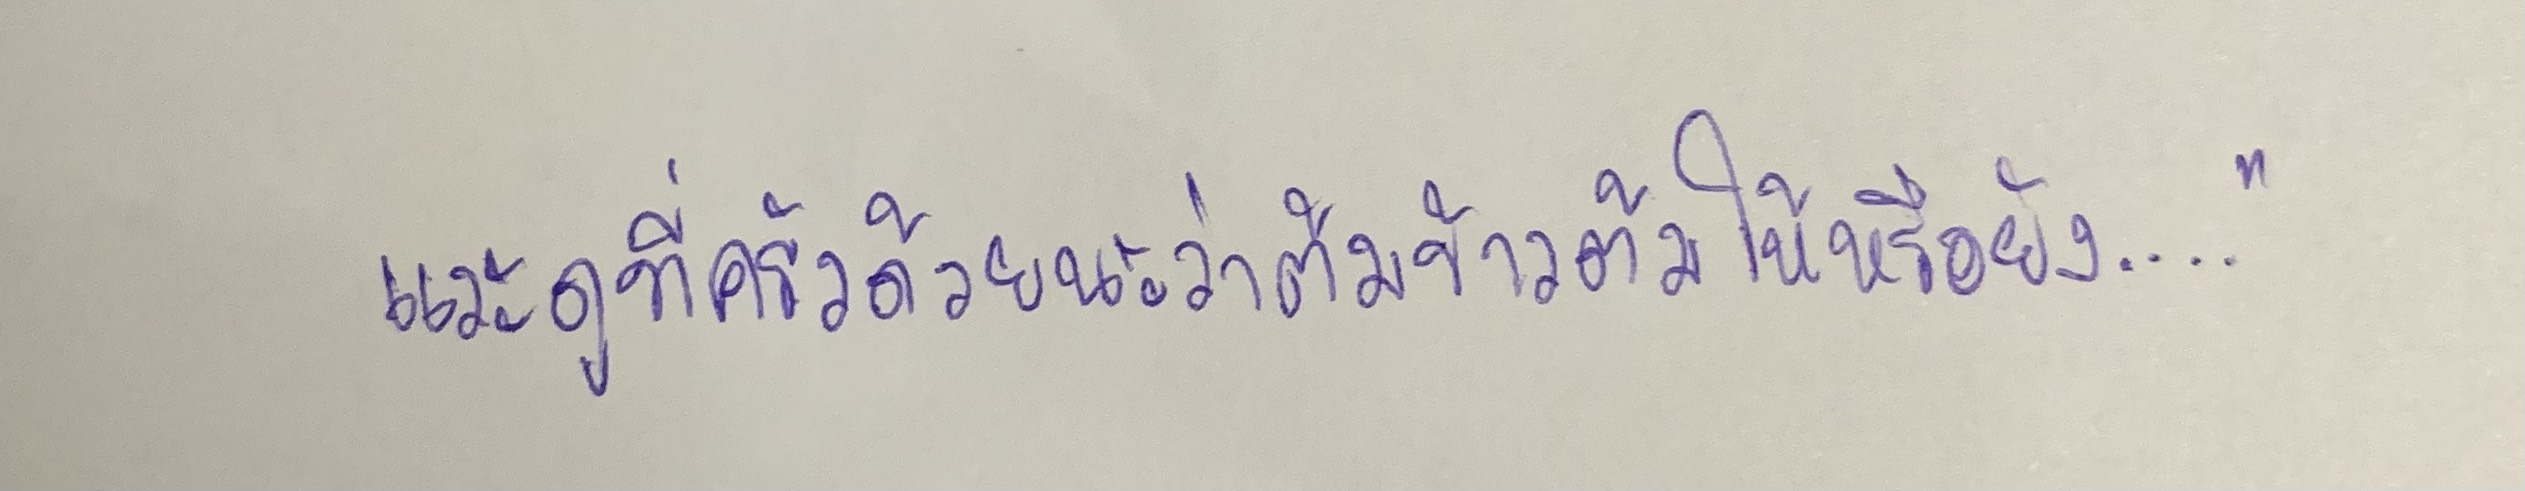
แวะดูที่ครัวด้วยนะว่าต้มข้าวต้มให้หรือยัง...."